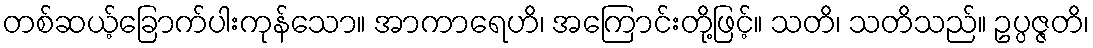
တစ်ဆယ့်ခြောက်ပါးကုန်သော။ အာကာရေဟိ၊ အကြောင်းတို့ဖြင့်။ သတိ၊ သတိသည်။ ဥပ္ပဇ္ဇတိ၊